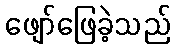
ဖျော်ဖြေခဲ့သည်